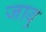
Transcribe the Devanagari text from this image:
जावु